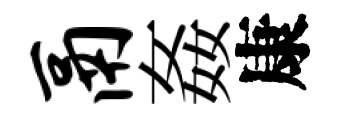
鬲姦康